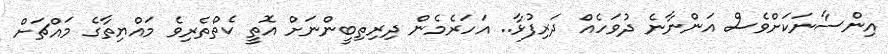
އިންސާނަކަށްވެސް އަންނާނެ ދުވަހެއް ދަރިފުޅާ.. އަހަރެމެން ދިރިތިބީންނަށް އޮތީ ކެތްތެރިވެ މައްޔިތާގެ މައްޗަށް